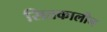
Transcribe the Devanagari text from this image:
सितकालीन